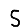
Digit: 5